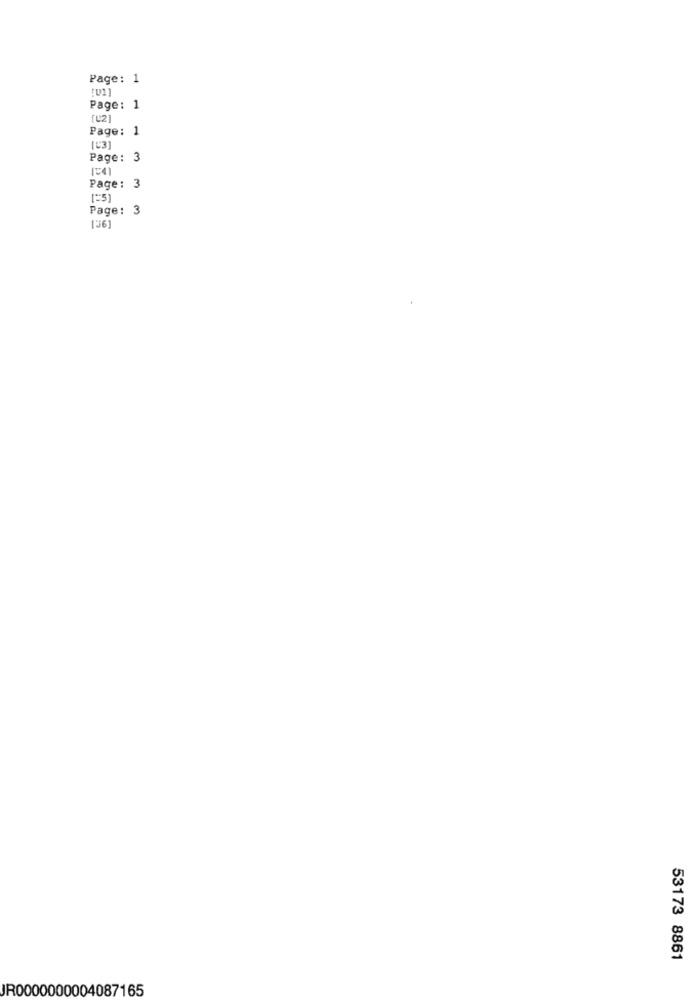
Page: 1
Page: 1
tu21
Page:1
[C3)
Page: 3
104)
Page: 3
[=5
Page: 3
[36]
53173 8861
JR0000000004087165